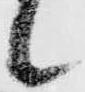
候